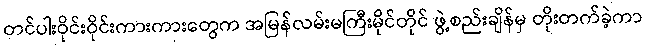
တင်ပါးဝိုင်းဝိုင်းကားကားတွေက အမြန်လမ်းမကြီးမိုင်တိုင် ဖွဲ့စည်းချိန်မှ တိုးတက်ခဲ့ကာ